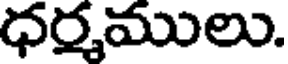
ధర్మములు.